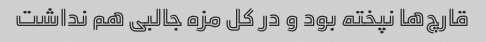
قارچ‌ها نپخته بود و در کل مزه جالبی هم نداشت